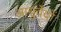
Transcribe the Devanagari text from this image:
आयुर्वेदों